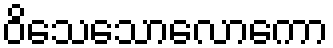
ဝိသေသောလောကော